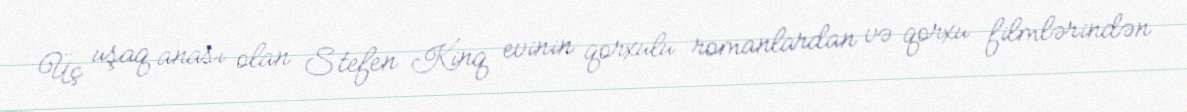
Üç uşaq anası olan Stefen Kinq evinin qorxulu romanlardan və qorxu filmlərindən